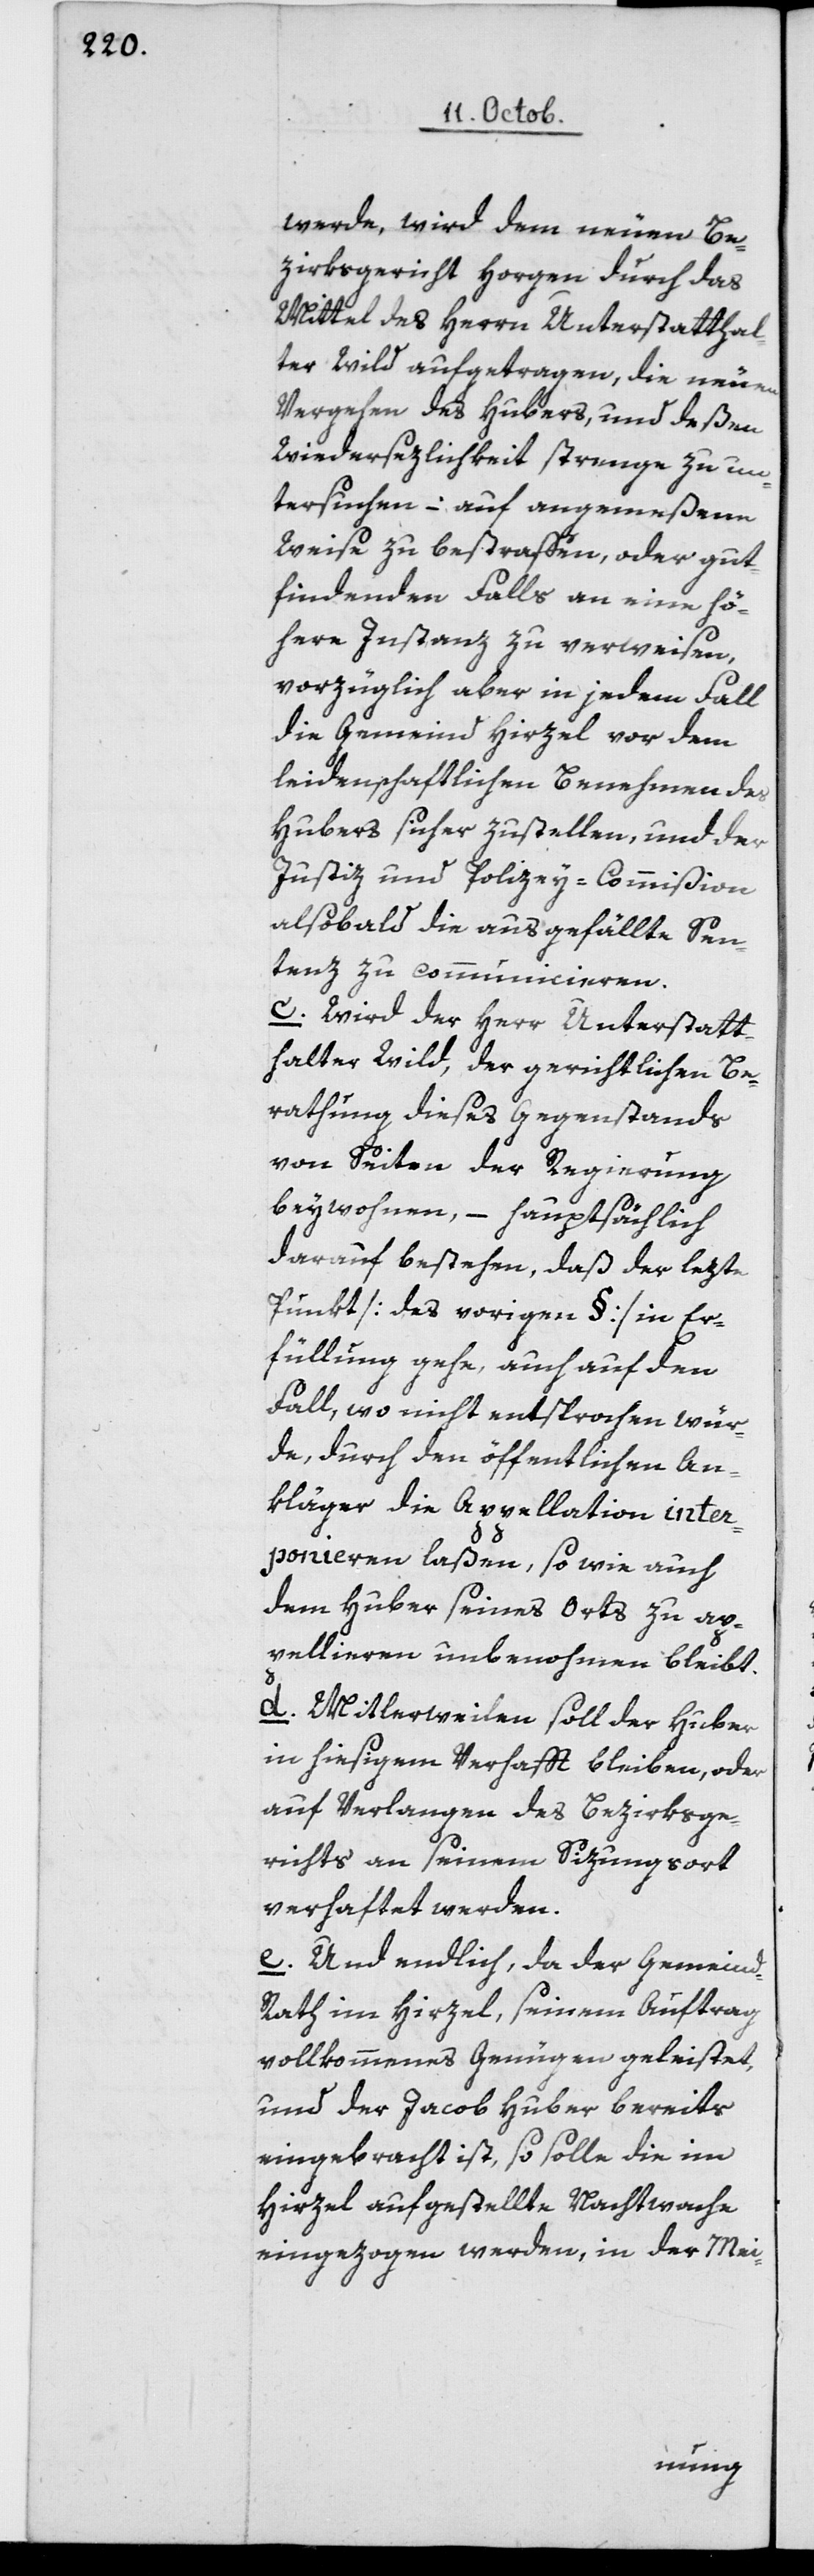
werde, wird dem neuen Be¬
zirksgericht Horgen durch das
Mittel des Herrn Unterstatthal¬
ter Wild aufgetragen, die neuen
Vergehen des Hubers und deßen
Wiedersezlichkeit strenge zu un¬
tersuchen – auf angemeßene
Weise zu bestrafen oder gut
findenden Falls an eine hö¬
here Instanz zu verweisen,
vorzüglich aber in jedem Fall
die Gemeind Hirzel vor dem
leidenschaftlichen Benehmen des
Hubers sicher zu stellen, und der
Justiz- und Polizey-Commißion
alsobald die ausgefällte Sen¬
tenz zu communicieren.
c. Wird der Herr Unterstatt¬
halter Wild, der gerichtlichen Be¬
rathung dieses Gegenstands
von Seiten der Regierung
beywohnen, – hauptsächlich
darauf bestehen, daß der lezte
Punkt [des vorigen §] in Er¬
füllung gehe, auch auf den
Fall, wo nicht entsprochen wür¬
de, durch den öffentlichen An¬
kläger die Appellation inter¬
ponieren laßen, so wie auch
dem Huber seines Orts zu ap¬
pellieren unbenohmen bleibt.
d. Mittlerweilen soll der Huber
in hiesigem Verhaft bleiben, oder
auf Verlangen des Bezirksge¬
richts an seinem Sizungsort
verhaftet werden.
e. Und endlich, da der Gemeind¬
rath im Hirzel, seinem Auftrag
vollkommenes Genügen geleistet,
und der Jacob Huber bereits
eingebracht ist, so solle die im
Hirzel aufgestellte Nachtwache
eingezogen werden, in der Mei-